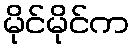
မိုင်မိုင်က